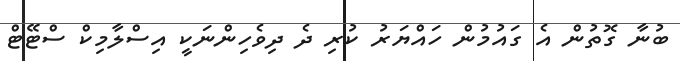
ބުނާ ގޮތުން އެ ގައުމުން ހައްޔަރު ކުރި ދެ ދިވެހިންނަކީ އިސްލާމިކް ސްޓޭޓް